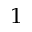
^ { 1 }